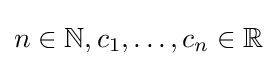
n\in \mathbb {N} ,c_{1},\dots ,c_{n}\in \mathbb {R}